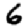
Digit: 6